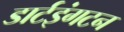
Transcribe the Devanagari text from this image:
डार्टइंगटन